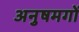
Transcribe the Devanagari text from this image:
अनुषमगों